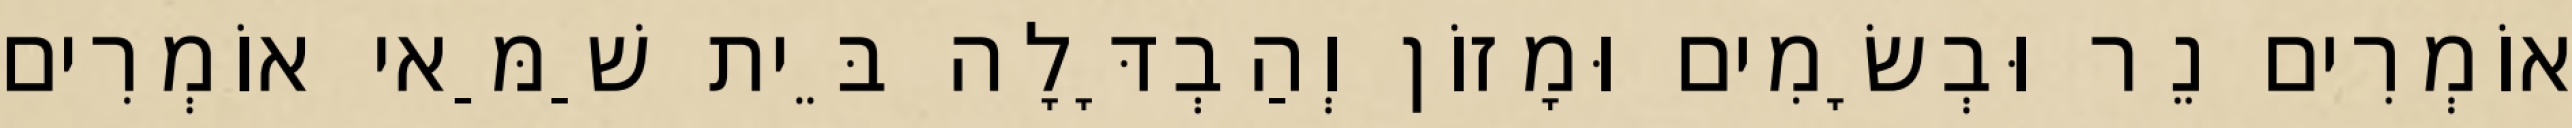
אוֹמְרִים נֵר וּבְשָׂמִים וּמָזוֹן וְהַבְדָּלָה בֵּית שַׁמַּאי אוֹמְרִים